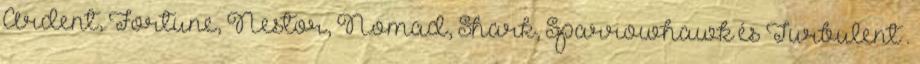
Ardent, Fortune, Nestor, Nomad, Shark, Sparrowhawk és Turbulent .